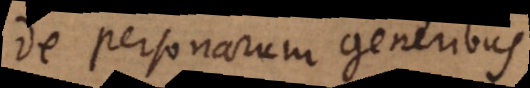
De personarum generibus